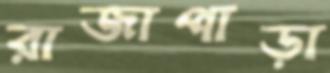
রাজাপাড়া